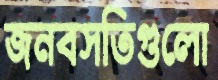
জনবসতিগুলো